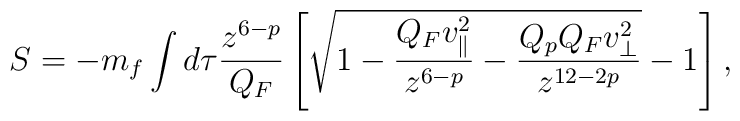
S=-m_f\int d\tau {{z^{6-p}}\over{Q_F}}\left[\sqrt{1-{{Q_Fv^2_{\parallel}}\over{z^{6-p}}}-{{Q_pQ_Fv^2_{\perp}}\over{z^{12-2p}}}}-1\right],